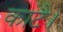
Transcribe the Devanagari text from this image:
काटै।